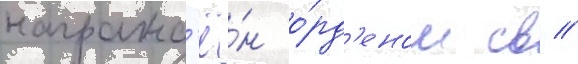
награжд'ё́н о́рд'еном св //